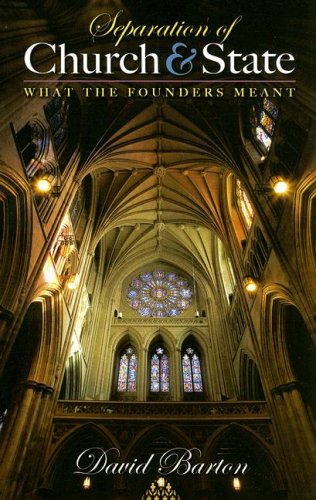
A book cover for Separation of Church & State: What the Founders Meant; David Barton; History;